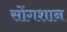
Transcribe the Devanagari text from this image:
सोंगशान